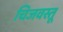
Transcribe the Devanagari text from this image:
चिजवस्तू